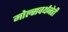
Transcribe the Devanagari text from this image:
मोल्सवर्थनेही